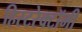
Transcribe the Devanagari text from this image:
हिस्टरेक्टॉमी